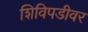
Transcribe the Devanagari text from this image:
शिविपडीवर